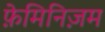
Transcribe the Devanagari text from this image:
फ़ेमिनिज़म